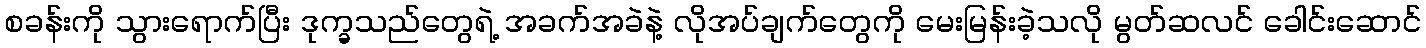
စခန်းကို သွားရောက်ပြီး ဒုက္ခသည်တွေရဲ့ အခက်အခဲနဲ့ လိုအပ်ချက်တွေကို မေးမြန်းခဲ့သလို မွတ်ဆလင် ခေါင်းဆောင်